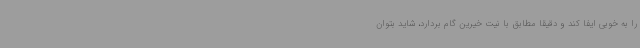
را به خوبی ایفا کند و دقیقاً مطابق با نیت خیرین گام بردارد، شاید بتوان